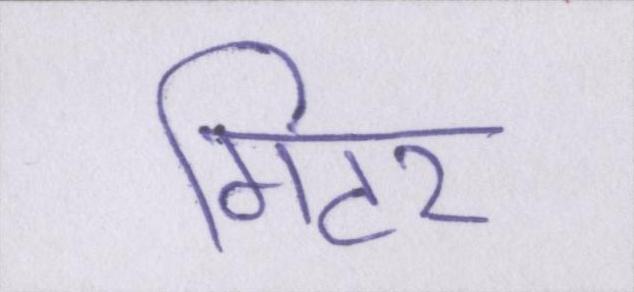
गिटर